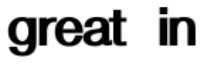
great in